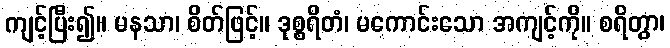
ကျင့်ပြီး၍။ မနသာ၊ စိတ်ဖြင့်။ ဒုစ္စရိတံ၊ မကောင်းသော အကျင့်ကို။ စရိတွာ၊